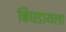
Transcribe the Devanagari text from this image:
बिघडायला